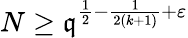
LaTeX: N\geq\mathfrak{q}^{{\frac{{1}}{{2}}}-{\frac{{1}}{{2(k+1)}}}+\varepsilon}